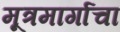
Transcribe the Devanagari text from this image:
मूत्रमार्गाचा